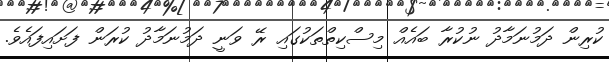
ކުރިން ދަމުނަމާދު ނުކުރާ ބައެއް މިސްކިތްތަކުގައި ރޭ ވަނީ ދަމުނަމާދު ކުރަން ފަށައިފައެވެ.